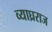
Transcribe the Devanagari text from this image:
व्याघ्रराज